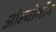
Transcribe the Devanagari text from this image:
ओन्योगोंग